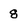
Character: 8